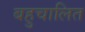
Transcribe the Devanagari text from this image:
बहुचालित